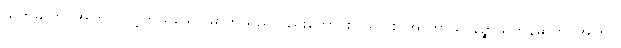
သုဘဓာတု၊ အကြင်တင့်တယ်သော ဓာတ်သည်လည်းကောင်း။ ယာ စ အာကာသာနဉ္စာယတနဓာတု၊ အကြင်